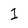
Character: I